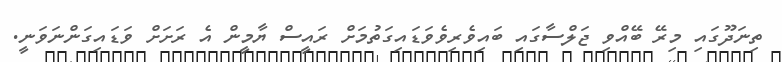
ތިނަދޫގައި މިރޭ ބޭއްވި ޖަލްސާގައި ބައިވެރިވެވަޑައިގަތުމަށް ރައީސް ޔާމީން އެ ރަށަށް ވަޑައިގަންނަވަނީ.